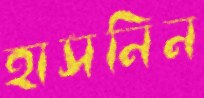
হাসনিন